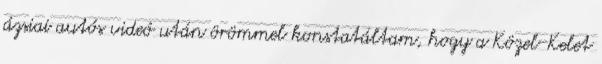
ázsiai autós videó után örömmel konstatáltam, hogy a Közel-Kelet